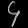
Digit: ၄